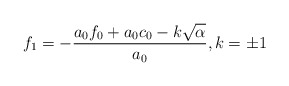
\begin{align*} f_1=-\frac{a_0f_0+a_0c_0-k\sqrt\alpha}{a_0}, k=\pm1\end{align*}